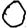
Digit: 0